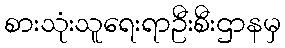
စားသုံးသူရေးရာဦးစီးဌာနမှ